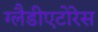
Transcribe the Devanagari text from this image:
ग्लैडीएटोरेस